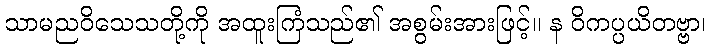
သာမညဝိသေသတို့ကို အထူးကြံသည်၏ အစွမ်းအားဖြင့်။ န ဝိကပ္ပယိတဗ္ဗာ၊